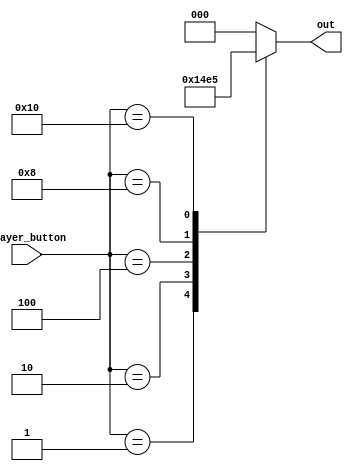
/*
   This file was generated automatically by Alchitry Labs version 1.2.7.
   Do not edit this file directly. Instead edit the original Lucid source.
   This is a temporary file and any changes made to it will be destroyed.
*/

module player_button_handler_21 (
    input [4:0] player_button,
    output reg [2:0] out
  );
  
  
  
  always @* begin
    
    case (player_button)
      5'h01: begin
        out = 3'h1;
      end
      5'h02: begin
        out = 3'h2;
      end
      5'h04: begin
        out = 3'h3;
      end
      5'h08: begin
        out = 3'h4;
      end
      5'h10: begin
        out = 3'h5;
      end
      default: begin
        out = 3'h0;
      end
    endcase
  end
endmodule